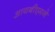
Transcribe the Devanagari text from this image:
आयबीएमने